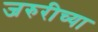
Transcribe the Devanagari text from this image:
जरुरीच्या